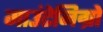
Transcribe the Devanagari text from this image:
माउंटेनिग्रो